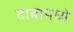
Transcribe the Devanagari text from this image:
दाबामध्ये